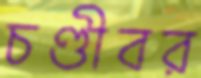
চণ্ডীবর